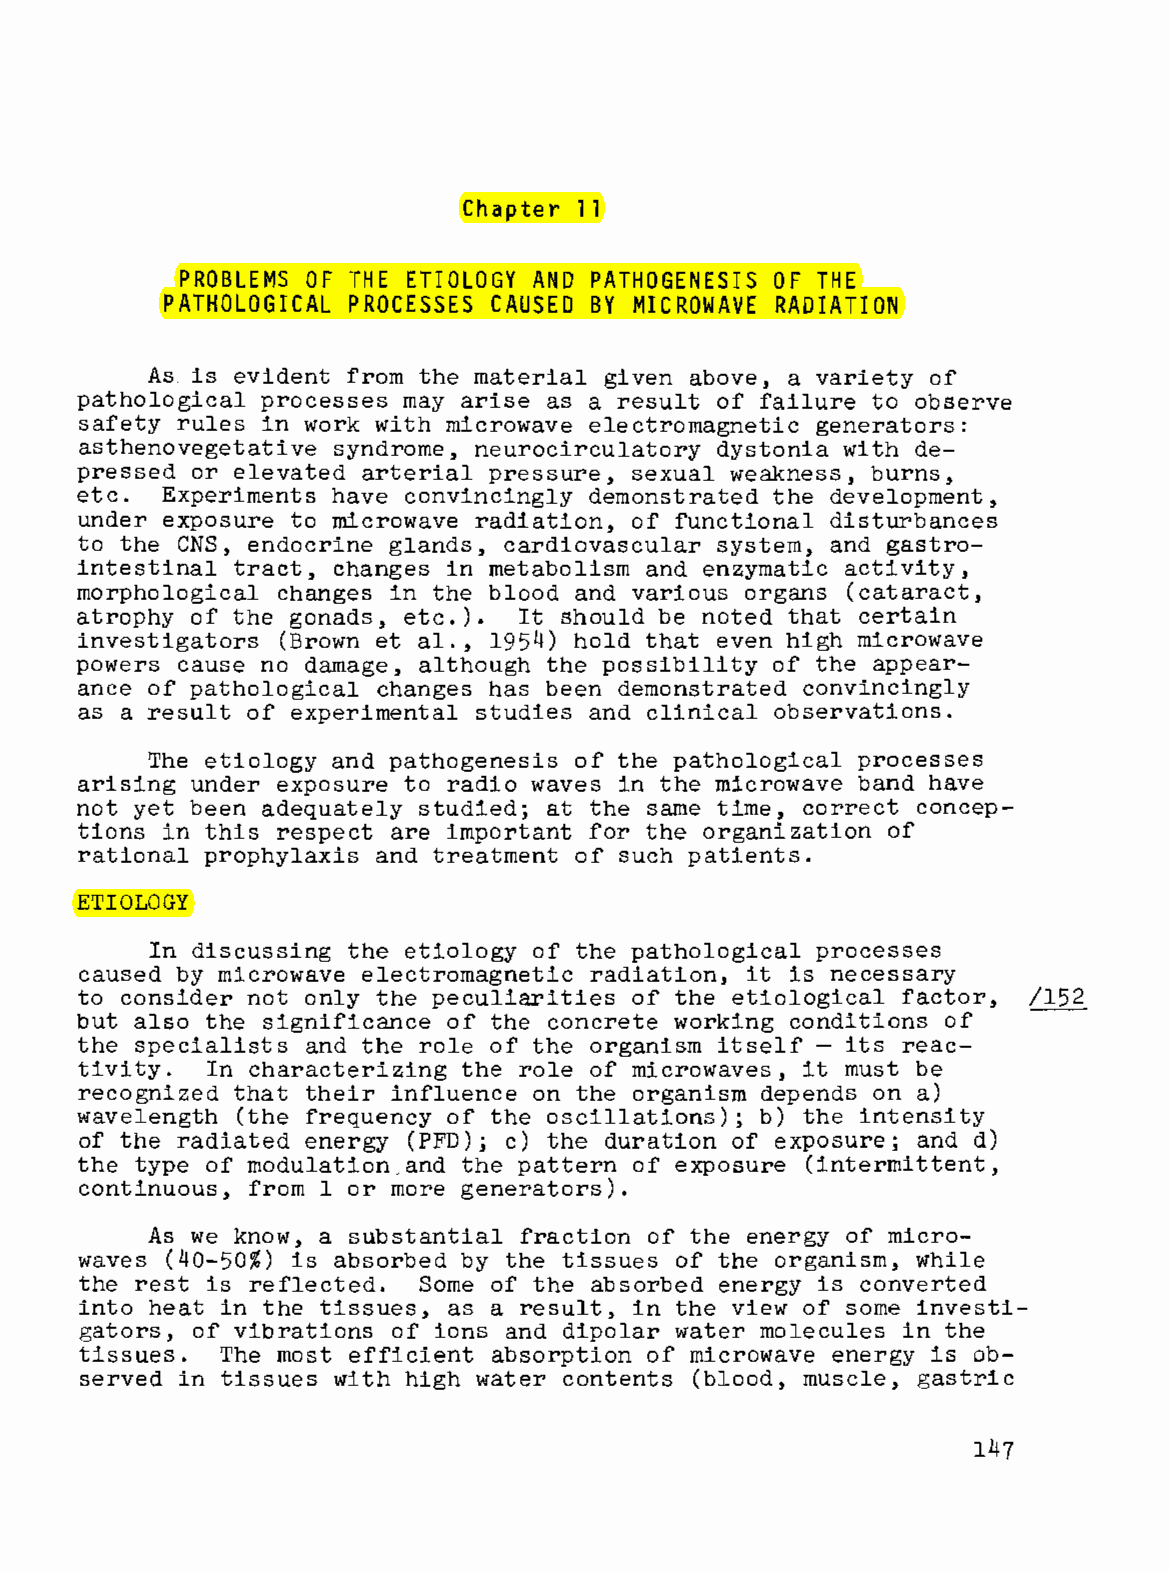
Chapter 11
 PROBLEMS OF THE ETIOLOGY AND PATHOGENESIS OF THE
 PATHOLOGICAL PROCESSES CAUSED BY MICROWAVE RADIATION
 As. is evident from the material given above, a variety of
 pathological processes may arise as a result of failure to observe
 safety rules in work with microwave electromagnetic generators:
 asthenovegetative syndrome, neurocirculatory dystonia with de
 pressed or elevated arterial pressure, sexual weakness, burns,
 etc.  Experiments have convincingly demonstrated the development,
 under exposure to microwave radiation, of functional disturbances
 to the eNS, endocrine glands, cardiovascular system, and gastro
 intestinal tract, changes in metabolism and enzymatic activity,
 morphological changes in the blood and various organs (cataract,
 atrophy of the gonads, etc.). It should be noted that certain
 investigators (Brown et al., 1954) hold that even high microwave
 powers cause no damage, although the possibility of the appear
 ance of pathological changes has been demonstrated convincingly
 as a result of experimental studies and clinical observations.
 The etiology and pathogenesis of the pathological processes
 arising under exposure to radio waves in the microwave band have
 not yet been adequately studied; at the same time, correct concep
 tions in this respect are important for the organization of
 rational prophylaxis and treatment of such patients.
 ETIOLOGY
 In discussing the etiology of the pathological processes
 caused by microwave electromagnetic radiation, it is necessary
 to consider not only the peculiarities of the etiological factor, /152
 but also the significance of the concrete working conditions of
 the speCialists and the role of the organism itself - its reac-
 tivity.  In characterizing the role of microwaves, it must be
 recognized that their influence on the organism depends on a)
 wavelength (the frequency of the oscillations); b) the intensity
 of the radiated energy (PFD); c) the duration of exposure; and d)
 the type of modulation,and the pattern of exposure (intermittent,
 continuous, from 1 or more generators).
 As we know, a substantial fraction of the energy of micro
 waves (40-50%) is absorbed by the tissues of the organism, while
 the rest is reflected. Some of the absorbed energy is converted
 into heat in the tissues, as a result, in the view of some investi
 gators, of vibrations of ions and dipolar water molecules in the
 tissues.  The most efficient absorption of microwave energy is ob
 served in tissues with high water contents (blood, muscle, gastric
 147